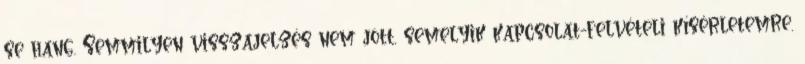
se hang. Semmilyen visszajelzés nem jött, semelyik kapcsolat-felvé­teli kísérletemre.